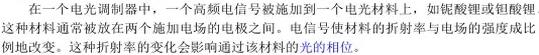
在一个电光调制器中，一个高频电信号被施加到一个电光材料上，如铌酸锂或钽酸锂。这种材料通常被放在两个施加电场的电极之间。电光材料的折射率与电场的强度成正比。这使得材料的折射率可以随时间变化，从而调制通过该材料的光的相位。